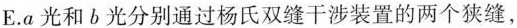
E.a光和b光分别通过杨氏双缝干涉装置的两个狭缝，